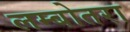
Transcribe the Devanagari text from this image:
लम्बोतरा